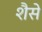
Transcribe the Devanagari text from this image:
शैसे